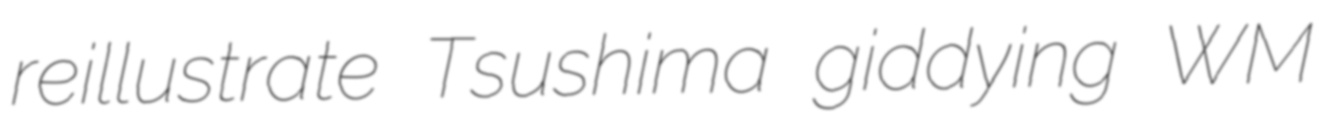
reillustrate Tsushima giddying WM